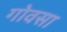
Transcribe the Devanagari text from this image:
गोवसा